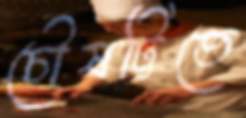
চৌষট্টিতে